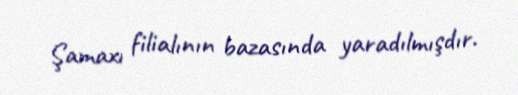
Şamaxı filialının bazasında yaradılmışdır.